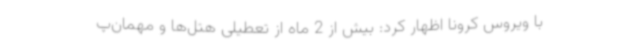
با ویروس کرونا اظهار کرد: بیش از 2 ماه از تعطیلی هتل‌ها و مهمان‌پ